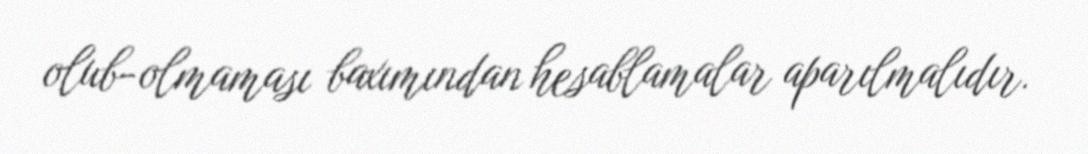
olub-olmaması baxımından hesablamalar aparılmalıdır.